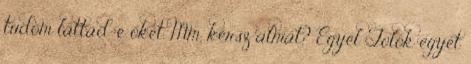
tudom láttad-e őket. Mm, kérsz almát? Egyél Tolok egyet